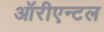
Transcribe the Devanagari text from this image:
ऑरीएन्टल